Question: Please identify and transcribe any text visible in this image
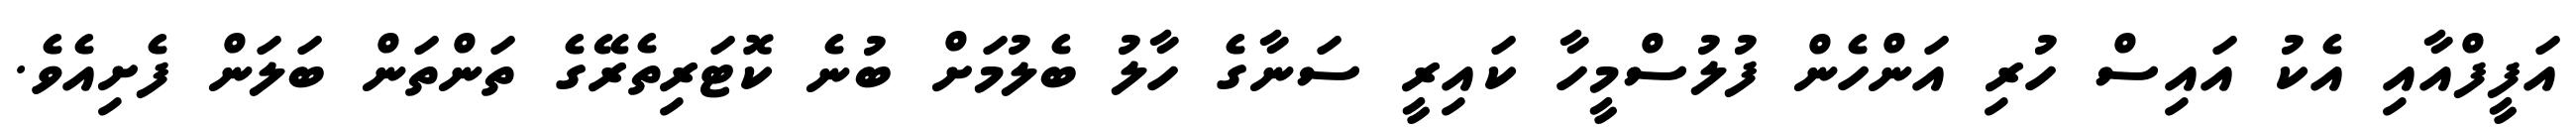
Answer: އަފީފްއާއި އެކު އައިސް ހުރި އަންހެން ފުލުސްމީހާ ކައިރީ ސަނާގެ ހާލު ބެލުމަށް ބުނެ ކޮޓަރިތެރޭގެ ތަންތަން ބަލަން ފެށިއެވެ.